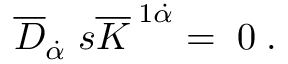
\; \; \overline { { { D } } } _ { \dot { \alpha } } \; s \overline { { { K } } } ^ { \; 1 \dot { \alpha } } = \; 0 \; .